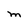
Character: M